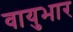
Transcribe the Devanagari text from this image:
वायुभार